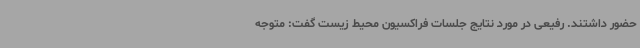
حضور داشتند. رفیعی در مورد نتایج جلسات فراکسیون محیط زیست گفت: متوجه